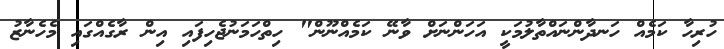
ހުރިހާ ކަމެއް ހަނދާންނައްތާލުމަކީ އަހަންނަށް ވާނޭ ކަމެއްނޫން" ހިތްހަމަނުޖެހިފައި އިން ރާގެއްގައި މެހެނާޒު